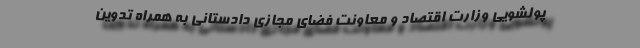
پولشویی وزارت اقتصاد و معاونت فضای مجازی دادستانی به همراه تدوین